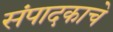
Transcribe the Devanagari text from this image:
संपादकाचे